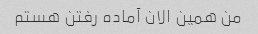
من همین الان آماده رفتن هستم